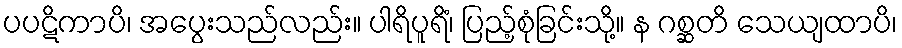
ပပဋိကာပိ၊ အပွေးသည်လည်း။ ပါရိပူရိံ၊ ပြည့်စုံခြင်းသို့။ န ဂစ္ဆတိ သေယျထာပိ၊